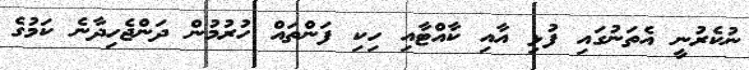
ނުކެރުނީ އެތަނުގައި ފުޅި އާއި ކާއްޓާއި ހިކި ފަންތައް ހުރުމުން ދަންޖެހިދާނެ ކަމުގެ